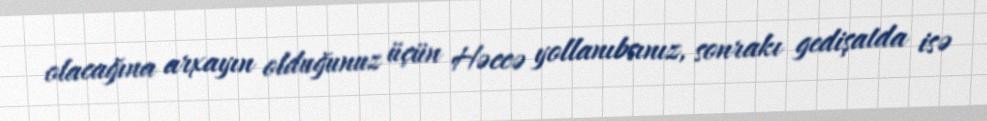
olacağına arxayın olduğunuz üçün Həccə yollanıbsınız, sonrakı gedişatda isə